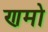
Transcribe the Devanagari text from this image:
णमो